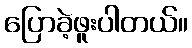
ပြောခဲ့ဖူးပါတယ်။